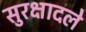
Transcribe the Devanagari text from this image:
सुरक्षादले